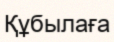
Құбылаға